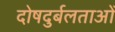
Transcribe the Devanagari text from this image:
दोषदुर्बलताओं